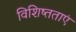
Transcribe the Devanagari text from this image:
विशिष्तताएं